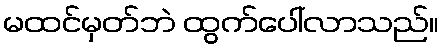
မထင်မှတ်ဘဲ ထွက်ပေါ်လာသည်။